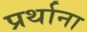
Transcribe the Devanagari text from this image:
प्रर्थाना